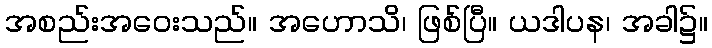
အစည်းအဝေးသည်။ အဟောသိ၊ ဖြစ်ပြီ။ ယဒါပန၊ အခါ၌။